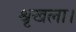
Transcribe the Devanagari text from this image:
श्रृखला।